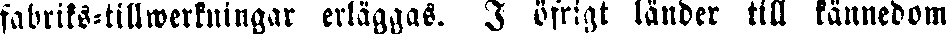
fabriks-tillwerkningar erläggas. I öfrigt länder till kännedom